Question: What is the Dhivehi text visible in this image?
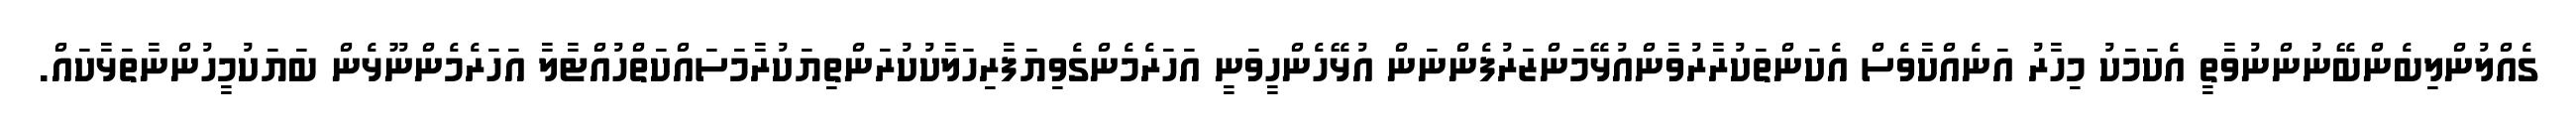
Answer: ގެއްލުންލިބެންބޭނުންނުވާތީ އެކަމަކު މިހާރު އަނެއްކާވެސް އެކަންތަކުރާރުވާންއުޅޭމަންޒަރުފެންނަން އުޅޭހެންހީވަނީ އަހަރެމެންގެވިޔަފާރިހަލާކުކުރަންތިޔަކުރާމަސައްކަތްހުއްޓާލާ އަހަރެމެންނޫޅެން ބަޔަކުމީހުންނާތަޅާކައް.